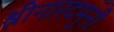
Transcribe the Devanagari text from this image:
श्नीनारदमुनी